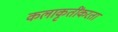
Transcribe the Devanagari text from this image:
कलाकृतींकरता